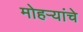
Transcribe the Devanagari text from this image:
मोहऱ्यांचे